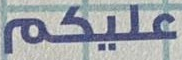
غليكم